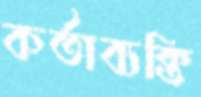
কর্তাব্যক্তি